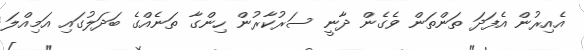
އެއިރުން އެފަދަ ތަންތަން ވެގެން ދާނީ ސަރުކާރުން ހިންގާ ތަނެއްގެ ބަދަލުގައި އަމިއްލަ